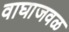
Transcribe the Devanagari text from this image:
वाघाजवळ